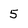
Character: 5